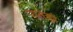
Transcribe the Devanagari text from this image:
पातड़ां